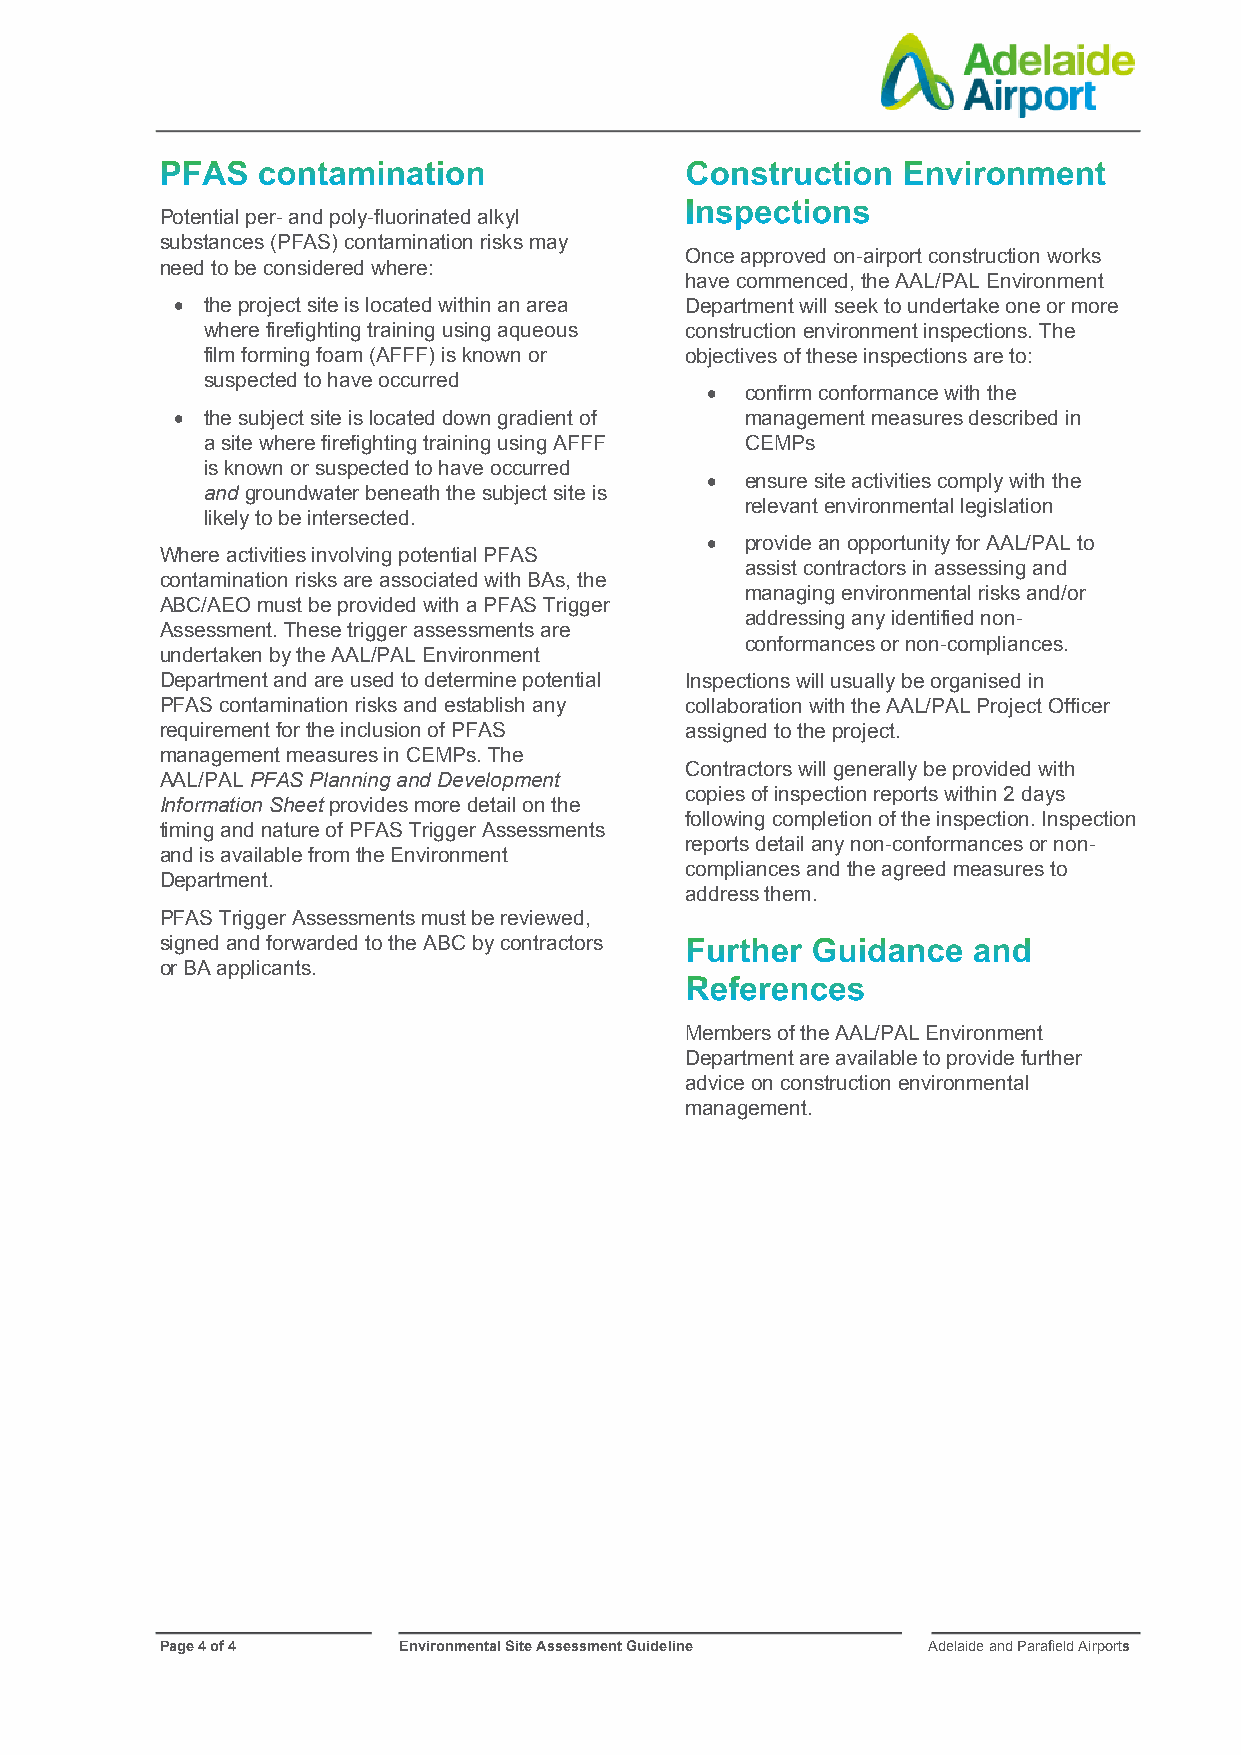
PFAS  contamination               Construction   Environment
 Inspections
 Potential per- and poly-fluorinated alkyl
 substances (PFAS) contamination risks may
 Once approved on-airport construction works
 need to be considered where:
 have commenced, the AAL/PAL Environment
  the project site is located within an area Department will seek to undertake one or more
 where firefighting training using aqueous construction environment inspections. The
 film forming foam (AFFF) is known or objectives of these inspections are to:
 suspected to have occurred
  confirm conformance with the
  the subject site is located down gradient of management measures described in
 a site where firefighting training using AFFF CEMPs
 is known or suspected to have occurred
  ensure site activities comply with the
 and groundwater beneath the subject site is
 relevant environmental legislation
 likely to be intersected.
  provide an opportunity for AAL/PAL to
 Where activities involving potential PFAS
 assist contractors in assessing and
 contamination risks are associated with BAs, the
 managing environmental risks and/or
 ABC/AEO must be provided with a PFAS Trigger
 addressing any identified non-
 Assessment. These trigger assessments are
 conformances or non-compliances.
 undertaken by the AAL/PAL Environment
 Department and are used to determine potential Inspections will usually be organised in
 PFAS contamination risks and establish any collaboration with the AAL/PAL Project Officer
 requirement for the inclusion of PFAS assigned to the project.
 management measures in CEMPs. The
 Contractors will generally be provided with
 AAL/PAL PFAS Planning and Development
 copies of inspection reports within 2 days
 Information Sheet provides more detail on the
 following completion of the inspection. Inspection
 timing and nature of PFAS Trigger Assessments
 reports detail any non-conformances or non-
 and is available from the Environment
 compliances and the agreed measures to
 Department.
 address them.
 PFAS Trigger Assessments must be reviewed,
 signed and forwarded to the ABC by contractors Further Guidance and
 or BA applicants.
 References
 Members of the AAL/PAL Environment
 Department are available to provide further
 advice on construction environmental
 management.
 Page 4 of 4    Environmental Site Assessment Guideline Adelaide and Parafield Airports